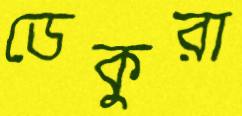
ডেকুরা